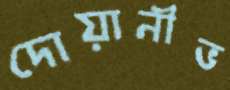
দোয়ানীভ